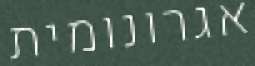
אגרונומית